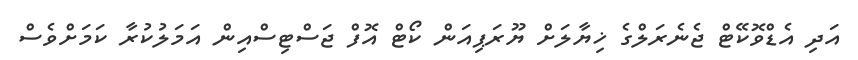
އަދި އެޑްވޮކޭޓް ޖެނެރަލްގެ ޚިޔާލަށް ޔޫރަޕިއަން ކޯޓް އޮފް ޖަސްޓިސްއިން އަމަލުކުރާ ކަމަށްވެސް